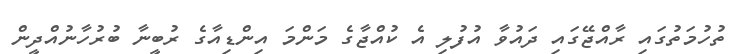
ތުހުމަތުގައި ރާއްޖޭގައި ދައުވާ އުފުލި އެ ކުއްޖާގެ މަންމަ އިންޑިއާގެ ރުބީނާ ބުރުހާނުއްދީން